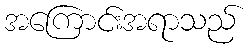
အကြောင်းအရာသည်